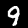
Digit: 9